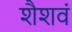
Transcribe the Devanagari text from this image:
शैशवं